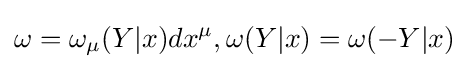
\omega =\omega _{\mu }(Y|x)dx^{\mu },\omega (Y|x)=\omega (-Y|x)